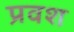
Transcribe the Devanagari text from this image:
प्रवश